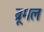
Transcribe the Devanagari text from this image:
ब्रूमल